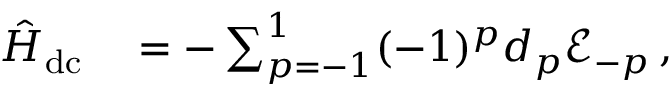
\begin{array} { r l } { \hat { H } _ { \mathrm { d c } } } & { { } = - \sum _ { p = - 1 } ^ { 1 } ( - 1 ) ^ { p } d _ { p } \mathcal { E } _ { - p } \, , } \end{array}